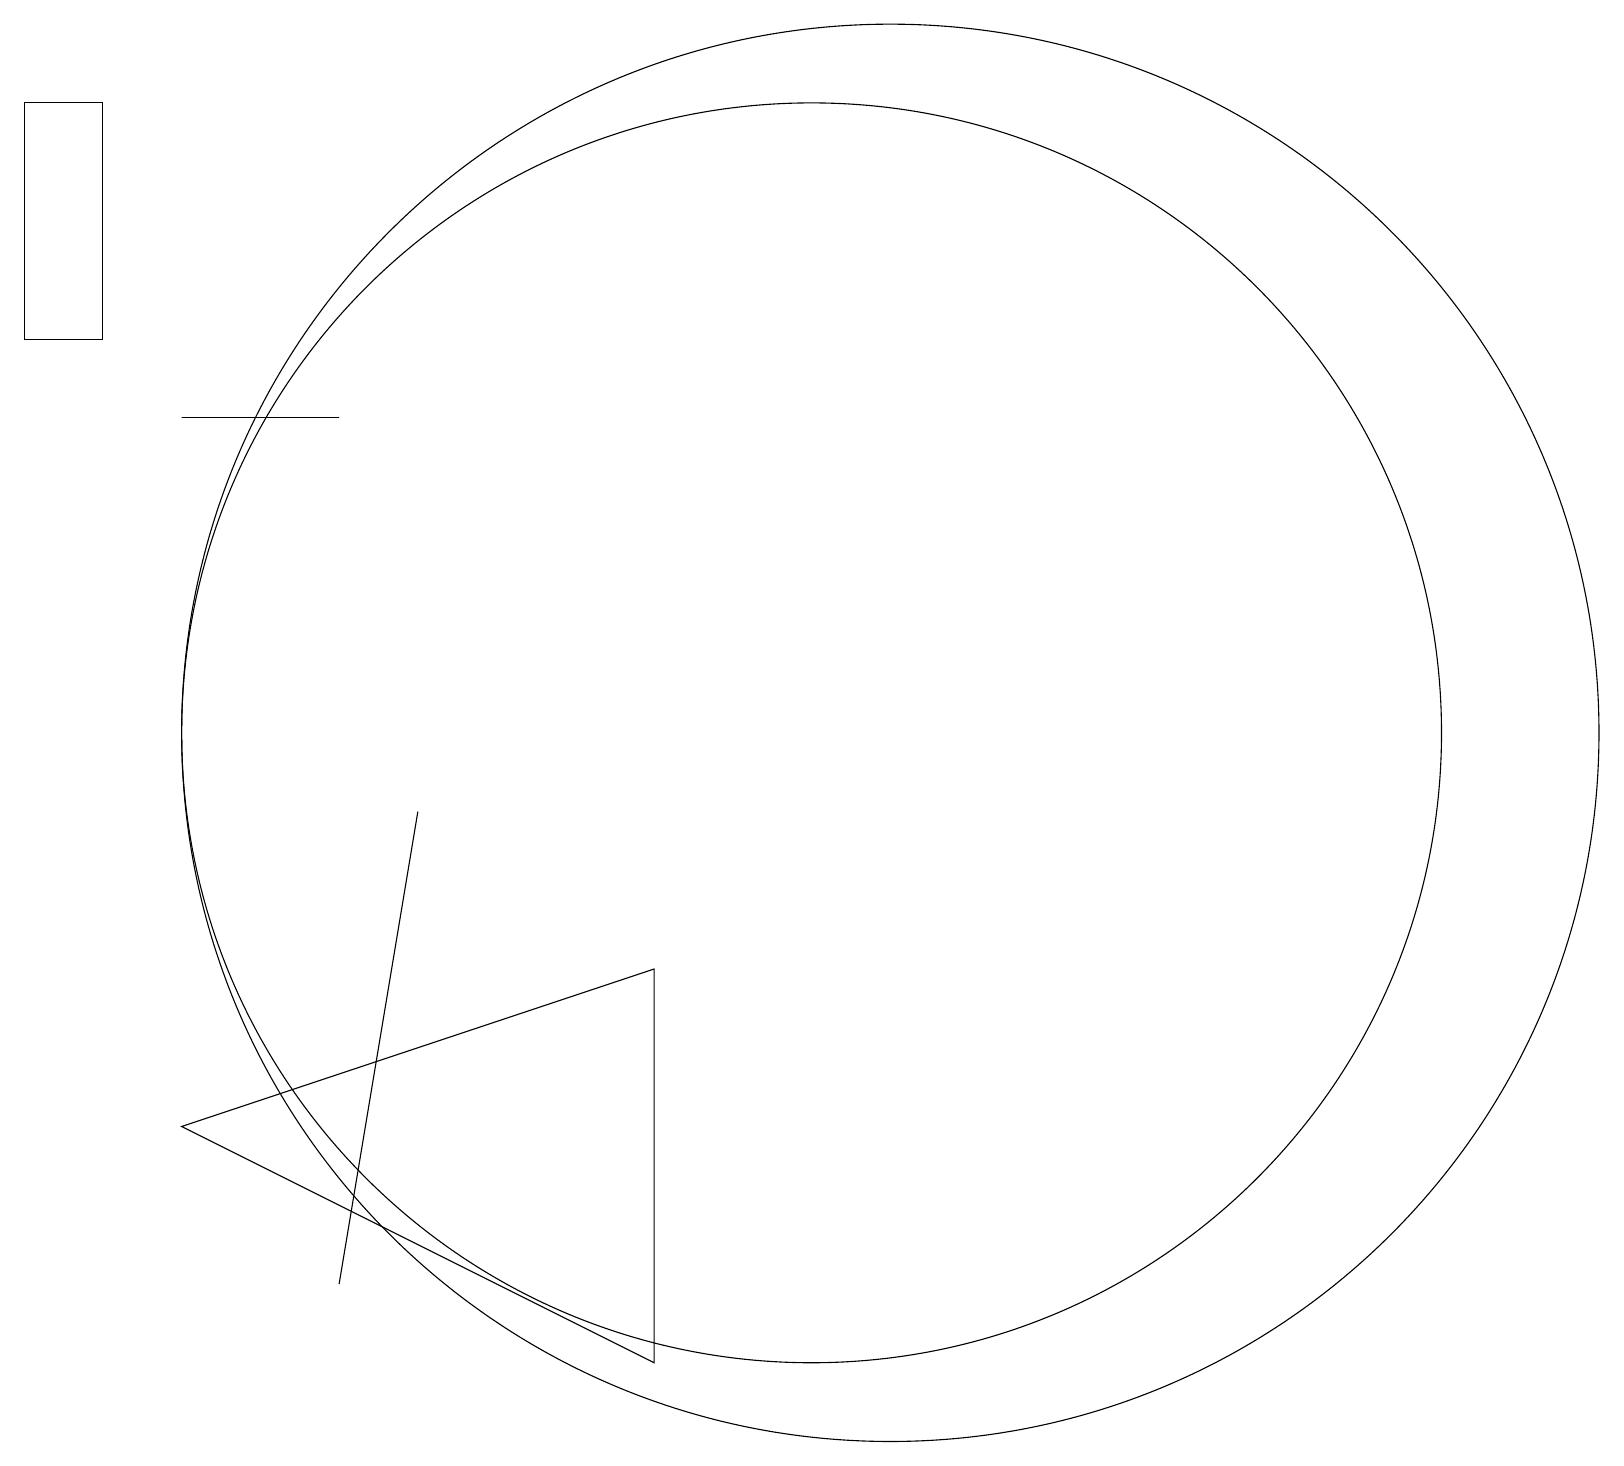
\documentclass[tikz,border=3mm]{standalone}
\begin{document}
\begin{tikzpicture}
\draw (10,10) circle (8);
\draw (4,14) rectangle (2,14);
\draw (8,2) -- (2,5) -- (8,7) -- cycle;
\draw (1,15) rectangle (0,18);
\draw (11,10) circle (9);
\draw (4,3) -- (5,9) -- (5,9) -- cycle;
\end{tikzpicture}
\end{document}